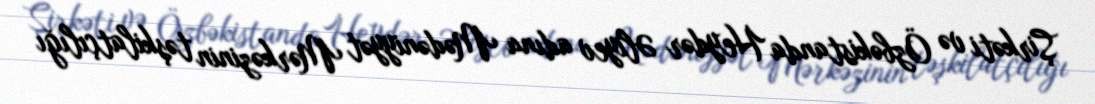
Şirkəti və Özbəkistanda Heydər Əliyev adına Mədəniyyət Mərkəzinin təşkilatçılığı